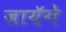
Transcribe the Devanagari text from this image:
जायॅगे